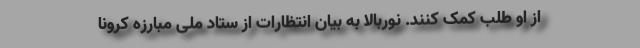
از او طلب کمک کنند. نوربالا به بیان انتظارات از ستاد ملی مبارزه کرونا